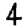
Digit: 4